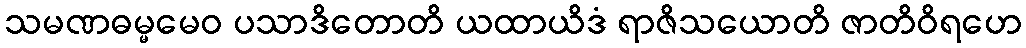
သမဏဓမ္မမေဝ ပသာဒိတောတိ ယထာယိဒံ ရာဇိသယောတိ ဇာတိဝိရဟေ